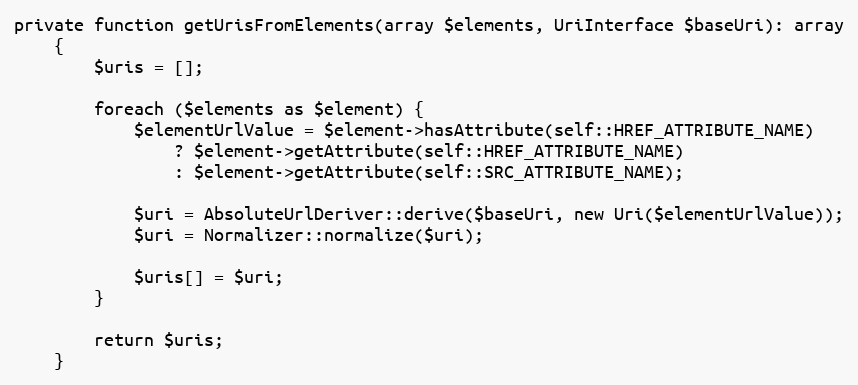
Language: PHP
private function getUrisFromElements(array $elements, UriInterface $baseUri): array
    {
        $uris = [];

        foreach ($elements as $element) {
            $elementUrlValue = $element->hasAttribute(self::HREF_ATTRIBUTE_NAME)
                ? $element->getAttribute(self::HREF_ATTRIBUTE_NAME)
                : $element->getAttribute(self::SRC_ATTRIBUTE_NAME);

            $uri = AbsoluteUrlDeriver::derive($baseUri, new Uri($elementUrlValue));
            $uri = Normalizer::normalize($uri);

            $uris[] = $uri;
        }

        return $uris;
    }